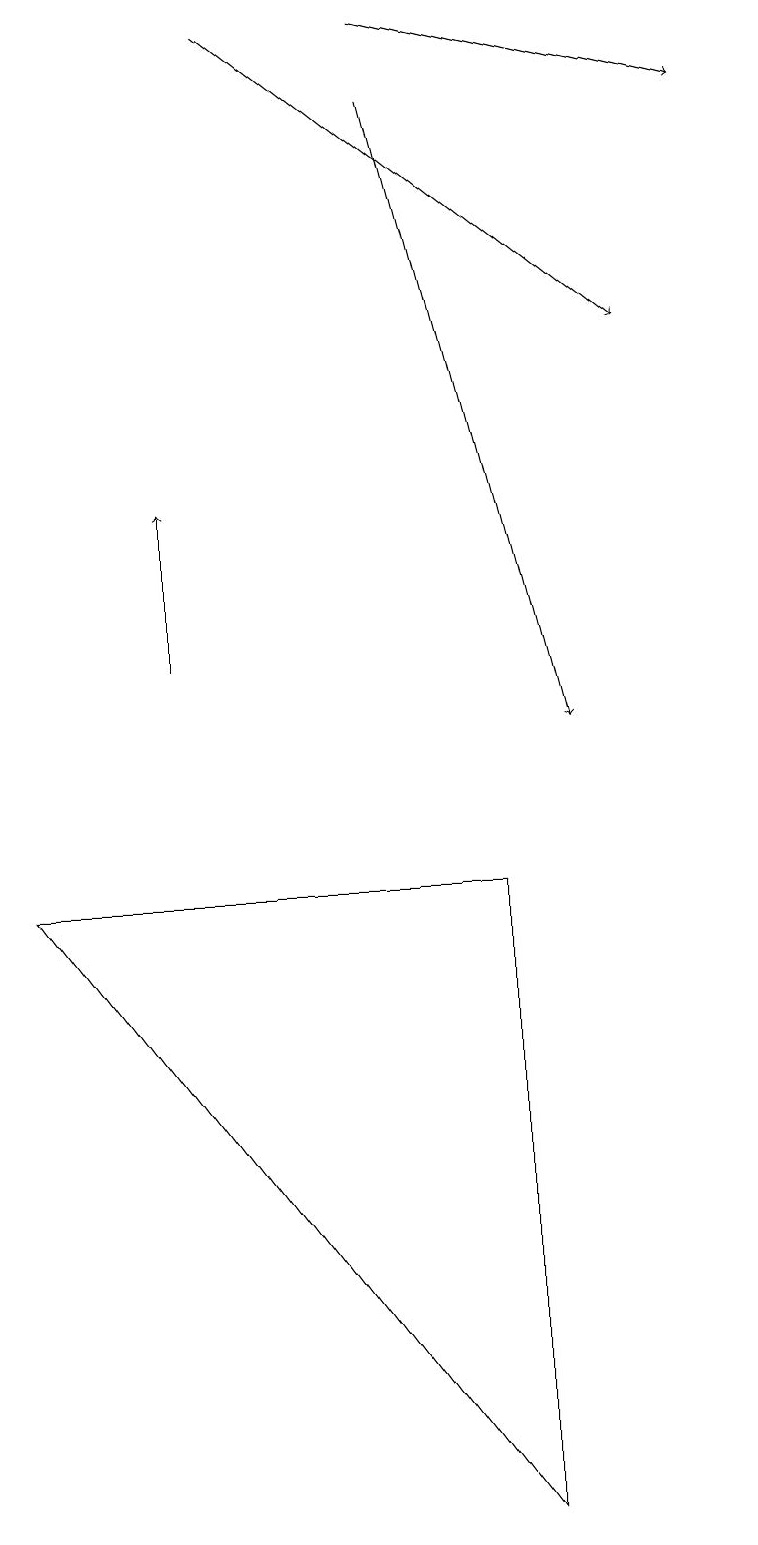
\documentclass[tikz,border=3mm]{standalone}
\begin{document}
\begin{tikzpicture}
\draw (6,8) -- (0,8) -- (6,0) -- cycle;
\draw[->] (5,18) -- (7,10);
\draw[->] (5,19) -- (9,18);
\draw[->] (3,19) -- (8,15);
\draw[->] (2,11) -- (2,13);
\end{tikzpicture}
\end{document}